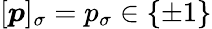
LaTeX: [\boldsymbol{p}]_{\sigma}=p_{\sigma}\in\{ \pm 1\}